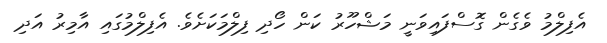
އެފިލްމު ވެގެން ގޮސްފައިވަނީ މަޝްހޫރު ކަން ހޯދި ފިލްމަކަށެވެ. އެފިލްމުގައި އާމިރު އަދި